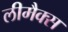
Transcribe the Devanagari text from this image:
लीमैक्स